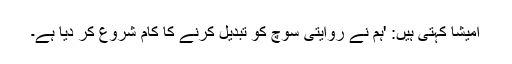
امیشا کہتی ہیں: 'ہم نے روایتی سوچ کو تبدیل کرنے کا کام شروع کر دیا ہے۔